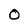
Character: 0